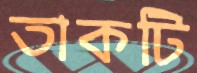
তাকটি